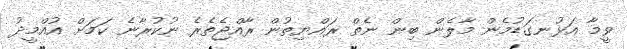
ވީމާ އަޅުނގަޑުމެން މާލެން ބިން ނެތް ރައްޔިތުން ރާއްޖެތެރެ ނުކުރާނެ ކަމަށް އުއްމީދު